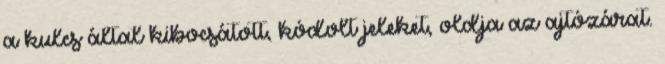
a kulcs által kibocsátott, kódolt jeleket, oldja az ajtózárat.